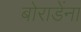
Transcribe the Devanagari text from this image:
बोराडेंना